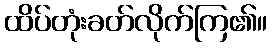
ထိပ်တုံးခတ်လိုက်ကြ၏။